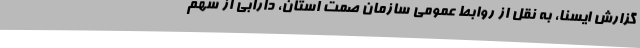
گزارش ایسنا، به نقل از روابط عمومی سازمان صمت استان، دارابی از سهم